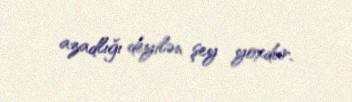
azadlığı deyilən şey yoxdur.